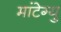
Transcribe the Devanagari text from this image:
मांटेग्यु